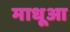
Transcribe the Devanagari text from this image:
माधूआ